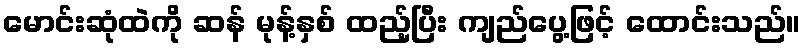
မောင်းဆုံထဲကို ဆန် မုန့်နှစ် ထည့်ပြီး ကျည်ပွေ့ဖြင့် ထောင်းသည်။